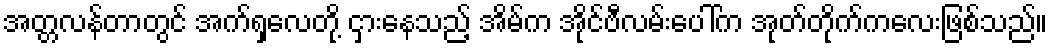
အတ္တလန်တာတွင် အက်ရှလေတို့ ငှားနေသည့် အိမ်က အိုင်ဗီလမ်းပေါ်က အုတ်တိုက်ကလေးဖြစ်သည်။